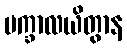
ပက္ခာလယိတွာန